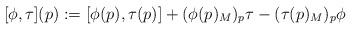
LaTeX: \begin{align*}[\phi,\tau](p):=[\phi(p),\tau(p)]+(\phi(p)_M)_p\tau - (\tau(p)_M)_p\phi\end{align*}